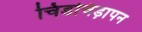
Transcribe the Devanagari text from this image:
चिडचिड़ापन